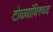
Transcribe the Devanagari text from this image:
टोळ्यांविरुध्द